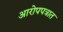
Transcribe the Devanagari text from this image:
आरोपपत्रात